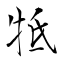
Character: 牴